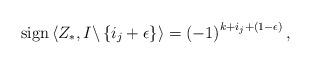
LaTeX: \begin{align*}{\rm sign}\left\langle Z_{*},I\backslash\left\{ i_{j}+\epsilon\right\} \right\rangle =\left(-1\right)^{k+i_{j}+\left(1-\epsilon\right)},\end{align*}